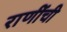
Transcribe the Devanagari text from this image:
राणींची